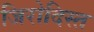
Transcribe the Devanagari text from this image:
जिरोदिस्त